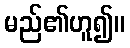
မည်၏ဟူ၍။